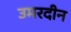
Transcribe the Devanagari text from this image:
उमरदीन